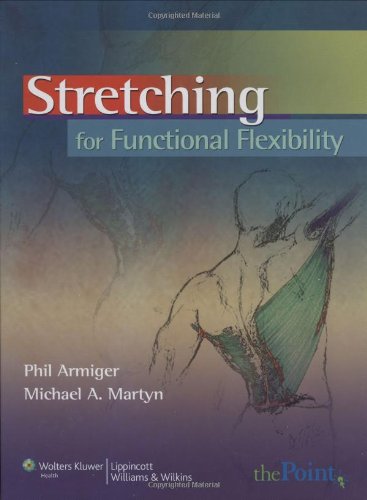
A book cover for Stretching for Functional Flexibility; Phil Armiger MPT; Health, Fitness & Dieting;